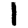
Digit: 1